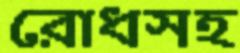
রোধসহ